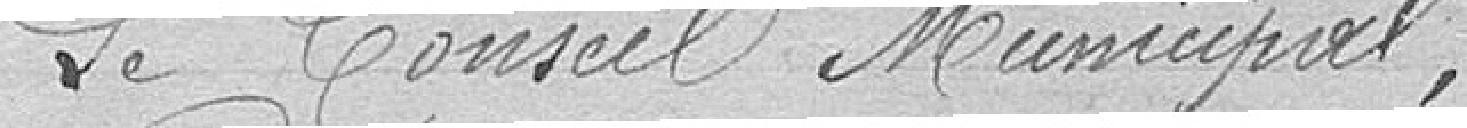
Le Conseil Municipal,